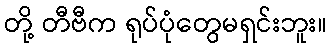
တို့ တီဗီက ရုပ်ပုံတွေမရှင်းဘူး။